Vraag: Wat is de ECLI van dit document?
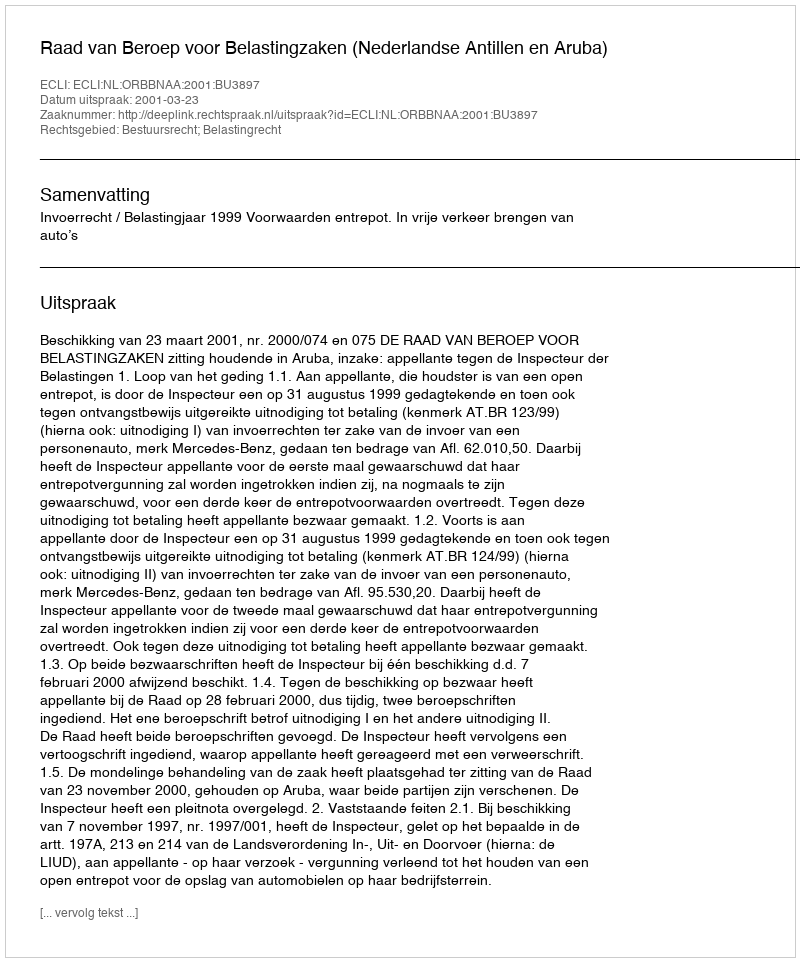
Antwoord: ECLI:NL:ORBBNAA:2001:BU3897